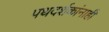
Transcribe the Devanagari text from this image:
पथदर्शकांनाही